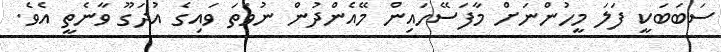
ސަބަބަކީ ފަލަ މީހުންނަށް މާފަސޭހައިން މޭއެންދުން ނުވަތަ ވައިގެ އުދަގޫ ވާނެތީ އެވެ.